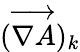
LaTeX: (\overrightarrow{\nabla A})_{k}